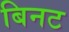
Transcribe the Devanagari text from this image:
बिनट